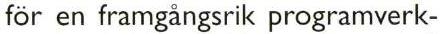
för en framgångsrik programverk-